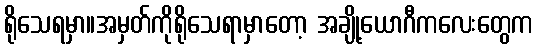
ရိုသေရမှာ။အမှတ်ကိုရိုသေရာမှာတော့ အချို့ယောဂီကလေးတွေက